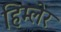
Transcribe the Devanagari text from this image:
हिम्लेर